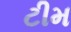
ટીમ